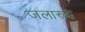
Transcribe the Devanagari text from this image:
जलारुद्ध